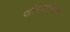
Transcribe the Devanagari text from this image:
परिमाणात्मकता